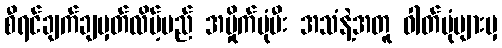
စီရင်ချက်ချမှတ်လိမ့်မည် အမှိုက်ပုံမီး အသံနဲ့အတူ ဓါတ်ပုံများမှ